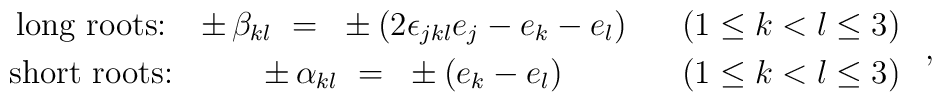
\begin{array}{cccc}         \mbox{long roots:}  &         \pm \,  \beta_{kl}~=~\pm (2 \epsilon_{jkl} e_j - e_k - e_l) & &         (1 \leq k < l \leq 3) \\[1mm]         \mbox{short roots:} &         \pm \, \alpha_{kl}~=~\pm (e_k - e_l) & &         (1 \leq k < l \leq 3)        \end{array}~,